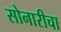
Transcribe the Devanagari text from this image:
सोनारीचा